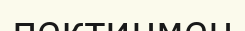
пектинмен